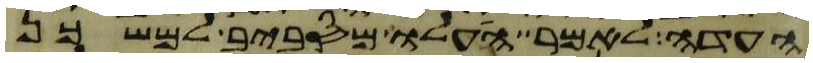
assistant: העדה לאמר העלו מסביב למשכן